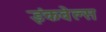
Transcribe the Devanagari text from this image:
इंकवेल्स